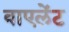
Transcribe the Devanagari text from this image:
वाएलेंट